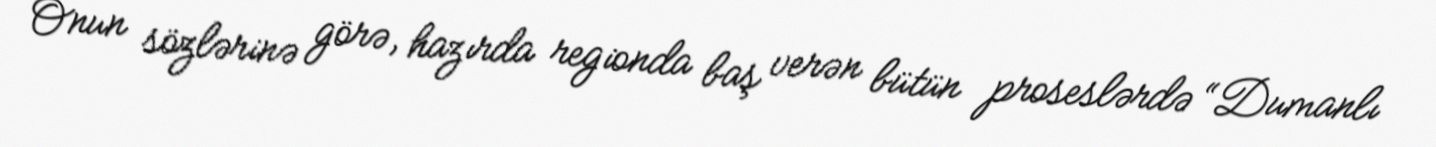
Onun sözlərinə görə, hazırda regionda baş verən bütün proseslərdə “Dumanlı